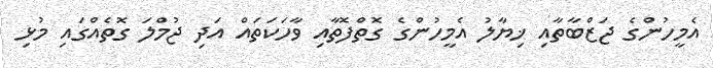
އެމީހުންގެ ޖަޒްބާތާއި ޚިޔާލު އެމީހުންގެ ގޮތްފޮތާއި ވާހަކަތައް އަދި ޖުމްލަ ގޮތެއްގައި މުޅި